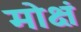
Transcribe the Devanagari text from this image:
मोक्षं